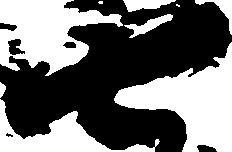
七